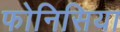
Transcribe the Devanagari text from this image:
फोनिसिया